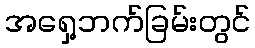
အရှေ့ဘက်ခြမ်းတွင်